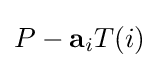
P-\mathbf {a} _{i}T(i)